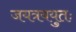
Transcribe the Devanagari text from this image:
जयत्रययुतः